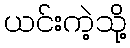
ယင်းကဲ့သို့